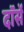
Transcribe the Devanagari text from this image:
दॉर्से